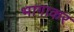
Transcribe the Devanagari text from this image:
भागाकर